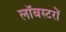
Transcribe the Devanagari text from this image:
लॉबस्टरों